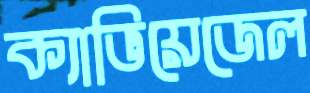
ক্যাভিয়েজেল